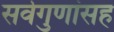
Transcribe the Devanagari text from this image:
सर्वगुणांसह